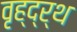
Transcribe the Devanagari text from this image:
वृह्द्र्थ